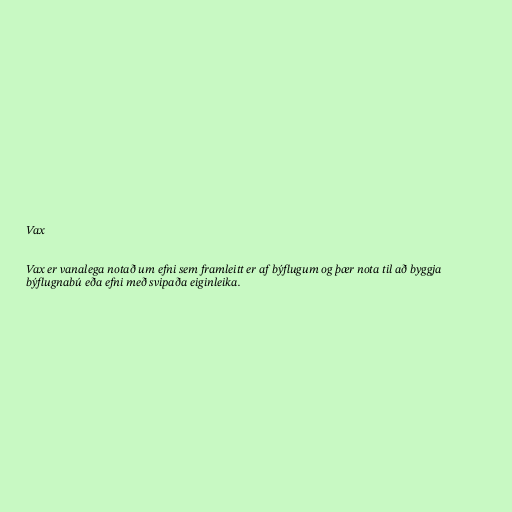
Vax

Vax er vanalega notað um efni sem framleitt er af býflugum og þær nota til að byggja
býflugnabú eða efni með svipaða eiginleika.